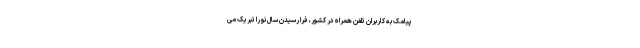
پیامک به کاربران تلفن همراه در کشور، فرا رسیدن سال نو را تبریک می